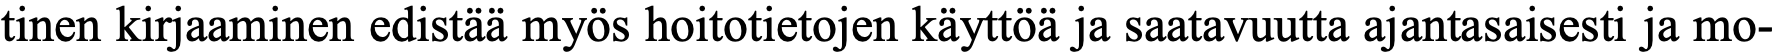
tinen kirjaaminen edistää myös hoitotietojen käyttöä ja saatavuutta ajantasaisesti ja mo-